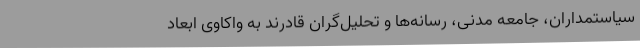
سیاستمداران، جامعهٔ مدنی، رسانه‌ها و تحلیل‌گران قادرند به واکاوی ابعاد